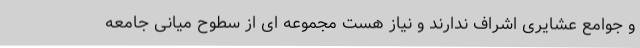
و جوامع عشایری اشراف ندارند و نیاز هست مجموعه ای از سطوح میانی جامعه